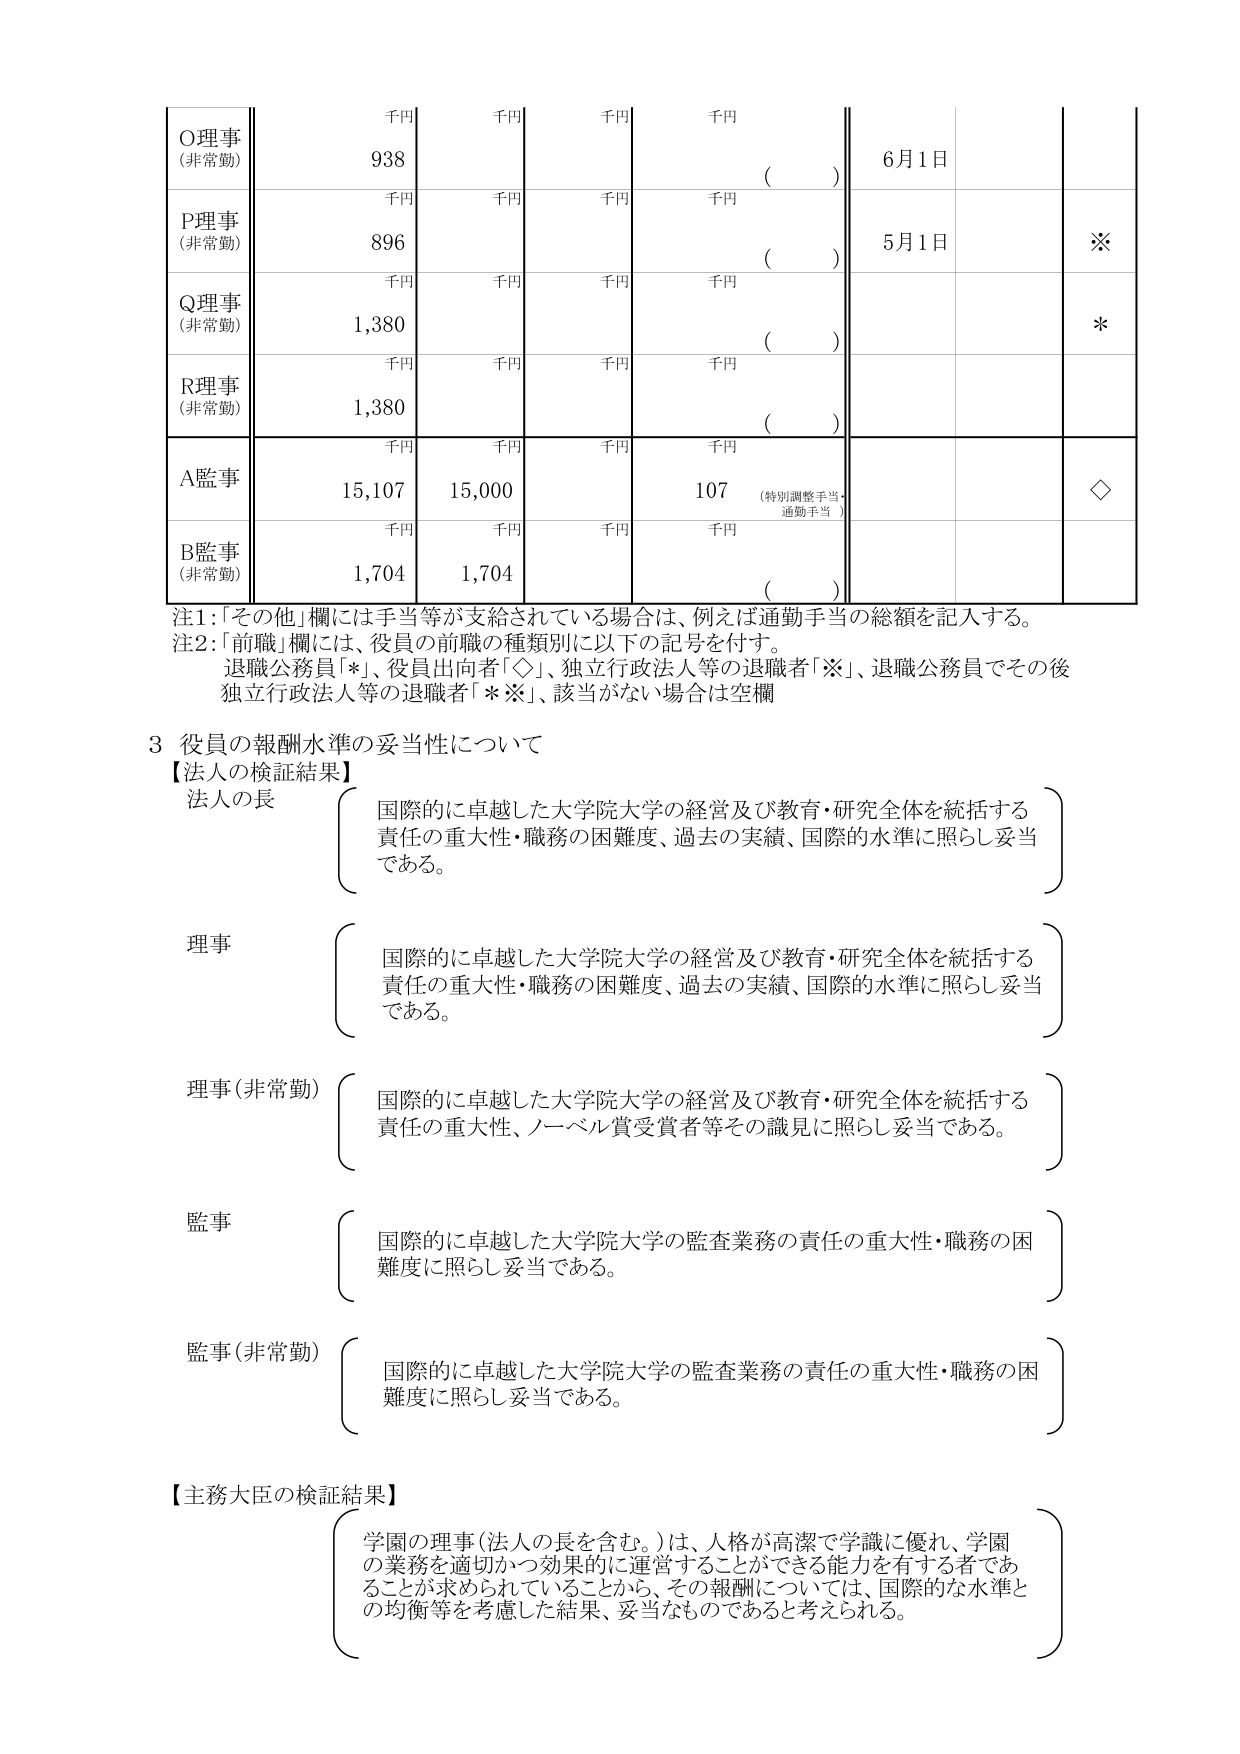
千円
千円
千円
千円
O理事
(非常勤)
938
(
)
6月1日
千円
千円
千円
千円
P理事
(非常勤)
896
(
)
5月1日
※
千円
千円
千円
千円
Q理事
(非常勤)
1,380
(
)
*
千円
千円
千円
千円
R理事
(非常勤)
1,380
(
)
千円
千円
千円
千円
A監事
15,107
15,000
107
(特別調整手当・
通勤手当)
◇
千円
千円
千円
千円
B監事
(非常勤)
1,704
1,704
(
)
注1：「その他」欄には手当等が支給されている場合は、例えば通勤手当の総額を記入する。
注2：「前職」欄には、役員の前職の種類別に以下の記号を付す。
退職公務員「※」、役員出向者「◇」、独立行政法人等の退職者「※」、退職公務員でその後
独立行政法人等の退職者「※※」、該当がない場合は空欄

3 役員の報酬水準の妥当性について
【法人の検証結果】
法人の長
（
国際的に卓越した大学院大学の経営及び教育・研究全体を統括する
責任の重大性・職務の困難度、過去の実績、国際的水準に照らし妥当
である。
）
理事
（
国際的に卓越した大学院大学の経営及び教育・研究全体を統括する
責任の重大性・職務の困難度、過去の実績、国際的水準に照らし妥当
である。
）
理事（非常勤）
（
国際的に卓越した大学院大学の経営及び教育・研究全体を統括する
責任の重大性、ノーベル賞受賞者等その識見に照らし妥当である。
）
監事
（
国際的に卓越した大学院大学の監査業務の責任の重大性・職務の困
難度に照らし妥当である。
）
監事（非常勤）
（
国際的に卓越した大学院大学の監査業務の責任の重大性・職務の困
難度に照らし妥当である。
）

【主務大臣の検証結果】
（
学園の理事（法人の長を含む。）は、人格が高潔で学識に優れ、学園
の業務を適切かつ効果的に運営することができる能力を有する者であ
ることが求められていることから、その報酬については、国際的な水準と
の均衡等を考慮した結果、妥当なものであると考えられる。
）